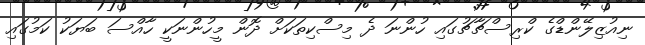
ނިއުޒިލޭންޑްގެ ކްރިސްޗާޗުގައި ހުންނަ ދެ މިސްކިތަކަށް ދޮން މީހުންނަކީ ހާއްސަ ބަޔަކު ކަމުގައި